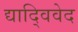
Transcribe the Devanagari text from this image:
द्याद्विवेद